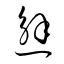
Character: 邂